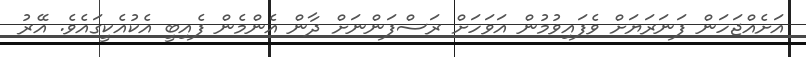
އަށެއްޖަހަން ފަނަރަޔަށް ވެފައިވުމުން އަވަހަށް ރަސްފަންނަށް ދާން އެންމެން ފެއިބީ އެކުއެކީގައެވެ. އޭރު